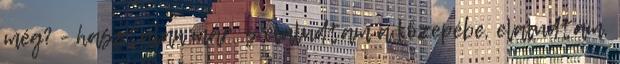
még? - hasztalan már: s elaludtam a közepébe, elaludtam,